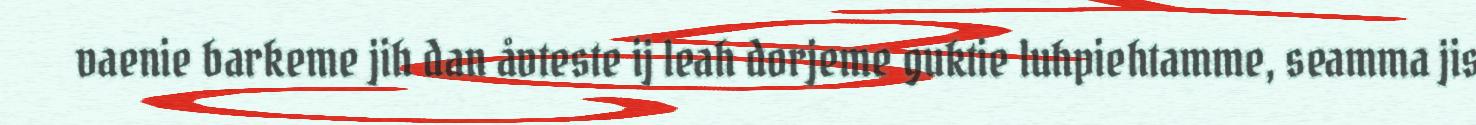
vaenie barkeme jih dan åvteste ij leah dorjeme guktie luhpiehtamme, seamma jis